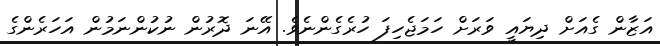
އަޒާން ގެއަށް ދިޔައީ ވަރަށް ހަމަޖެހިފަ ހުރެގެންނެވެ. އޭނަ ދޮރުން ނުކުންނަމުން އަހަރެންގެ